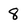
Character: 8